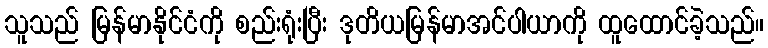
သူသည် မြန်မာနိုင်ငံကို စည်းရုံးပြီး ဒုတိယမြန်မာအင်ပါယာကို ထူထောင်ခဲ့သည်။